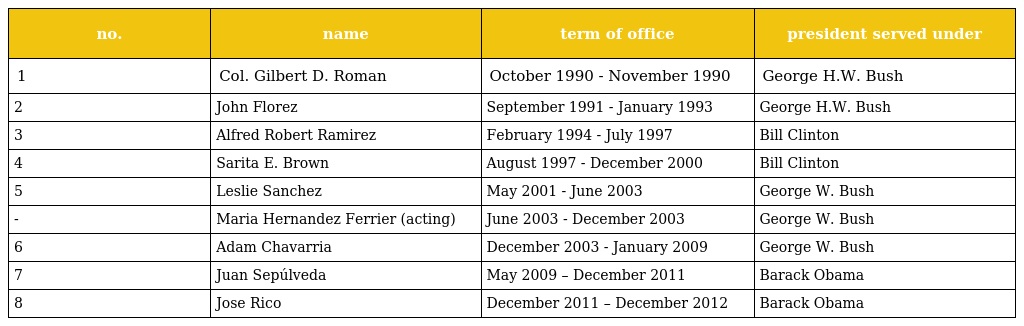
| no. | name | term of office | president served under |
 | --- | --- | --- | --- |
 | 1 | Col. Gilbert D. Roman | October 1990 - November 1990 | George H.W. Bush |
 | 2 | John Florez | September 1991 - January 1993 | George H.W. Bush |
 | 3 | Alfred Robert Ramirez | February 1994 - July 1997 | Bill Clinton |
 | 4 | Sarita E. Brown | August 1997 - December 2000 | Bill Clinton |
 | 5 | Leslie Sanchez | May 2001 - June 2003 | George W. Bush |
 | - | Maria Hernandez Ferrier (acting) | June 2003 - December 2003 | George W. Bush |
 | 6 | Adam Chavarria | December 2003 - January 2009 | George W. Bush |
 | 7 | Juan Sepúlveda | May 2009 – December 2011 | Barack Obama |
 | 8 | Jose Rico | December 2011 – December 2012 | Barack Obama |